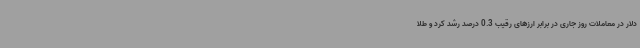
دلار در معاملات روز جاری در برابر ارزهای رقیب 0.3 درصد رشد کرد و طلا